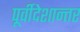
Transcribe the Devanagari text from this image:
पूर्वीदेशान्तर